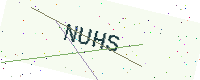
Text: NUHS